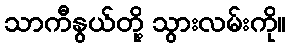
သာကီနွယ်တို့ သွားလမ်းကို။